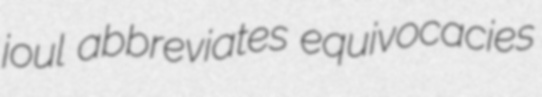
joul abbreviates equivocacies